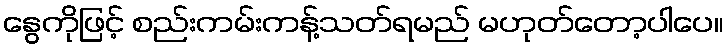
နွေကိုဖြင့် စည်းကမ်းကန့်သတ်ရမည် မဟုတ်တော့ပါပေ။